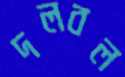
দলবল